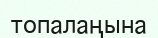
топалаңына